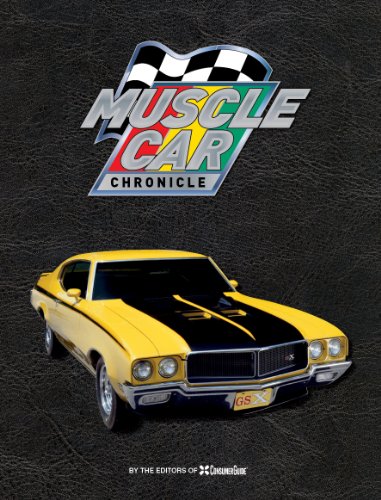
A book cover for Muscle Car Chronicle; Editors of Publications International LTD; Engineering & Transportation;